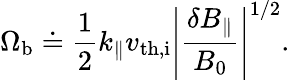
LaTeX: \Omega_{\textrm{b}}\doteq\frac{1}{2}k_{\parallel}v_{\textrm{th,i}}\left|\frac{\delta B_{\parallel}}{B_{0}}\right|^{1/2}.